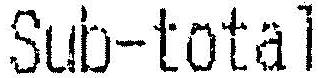
SUB-TOTAL